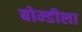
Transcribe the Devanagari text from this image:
बोम्डीला